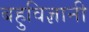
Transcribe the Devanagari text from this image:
बहुविज्ञानी